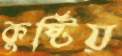
কুষ্টিয়